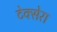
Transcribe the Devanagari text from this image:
टेक्सेरा